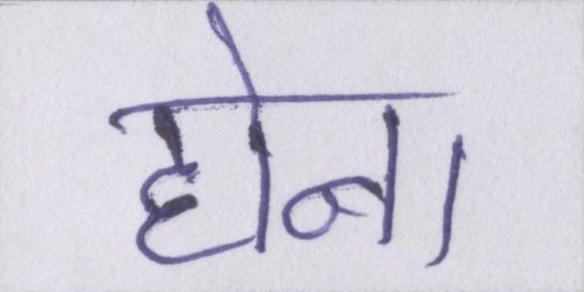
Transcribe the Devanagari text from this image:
होना